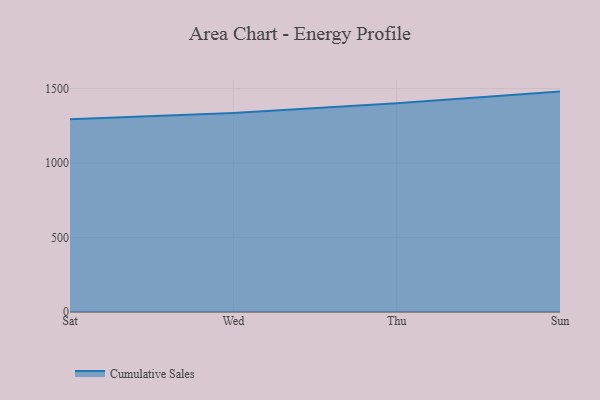
{"axis": {"x": "Day", "y": "Gross Profit (USD K)"}, "legend": ["Cumulative Sales"], "data": [{"x": "Sat", "y": 1293.9, "type": "Cumulative Sales"}, {"x": "Wed", "y": 1336.1, "type": "Cumulative Sales"}, {"x": "Thu", "y": 1401.2, "type": "Cumulative Sales"}, {"x": "Sun", "y": 1479.0, "type": "Cumulative Sales"}]}